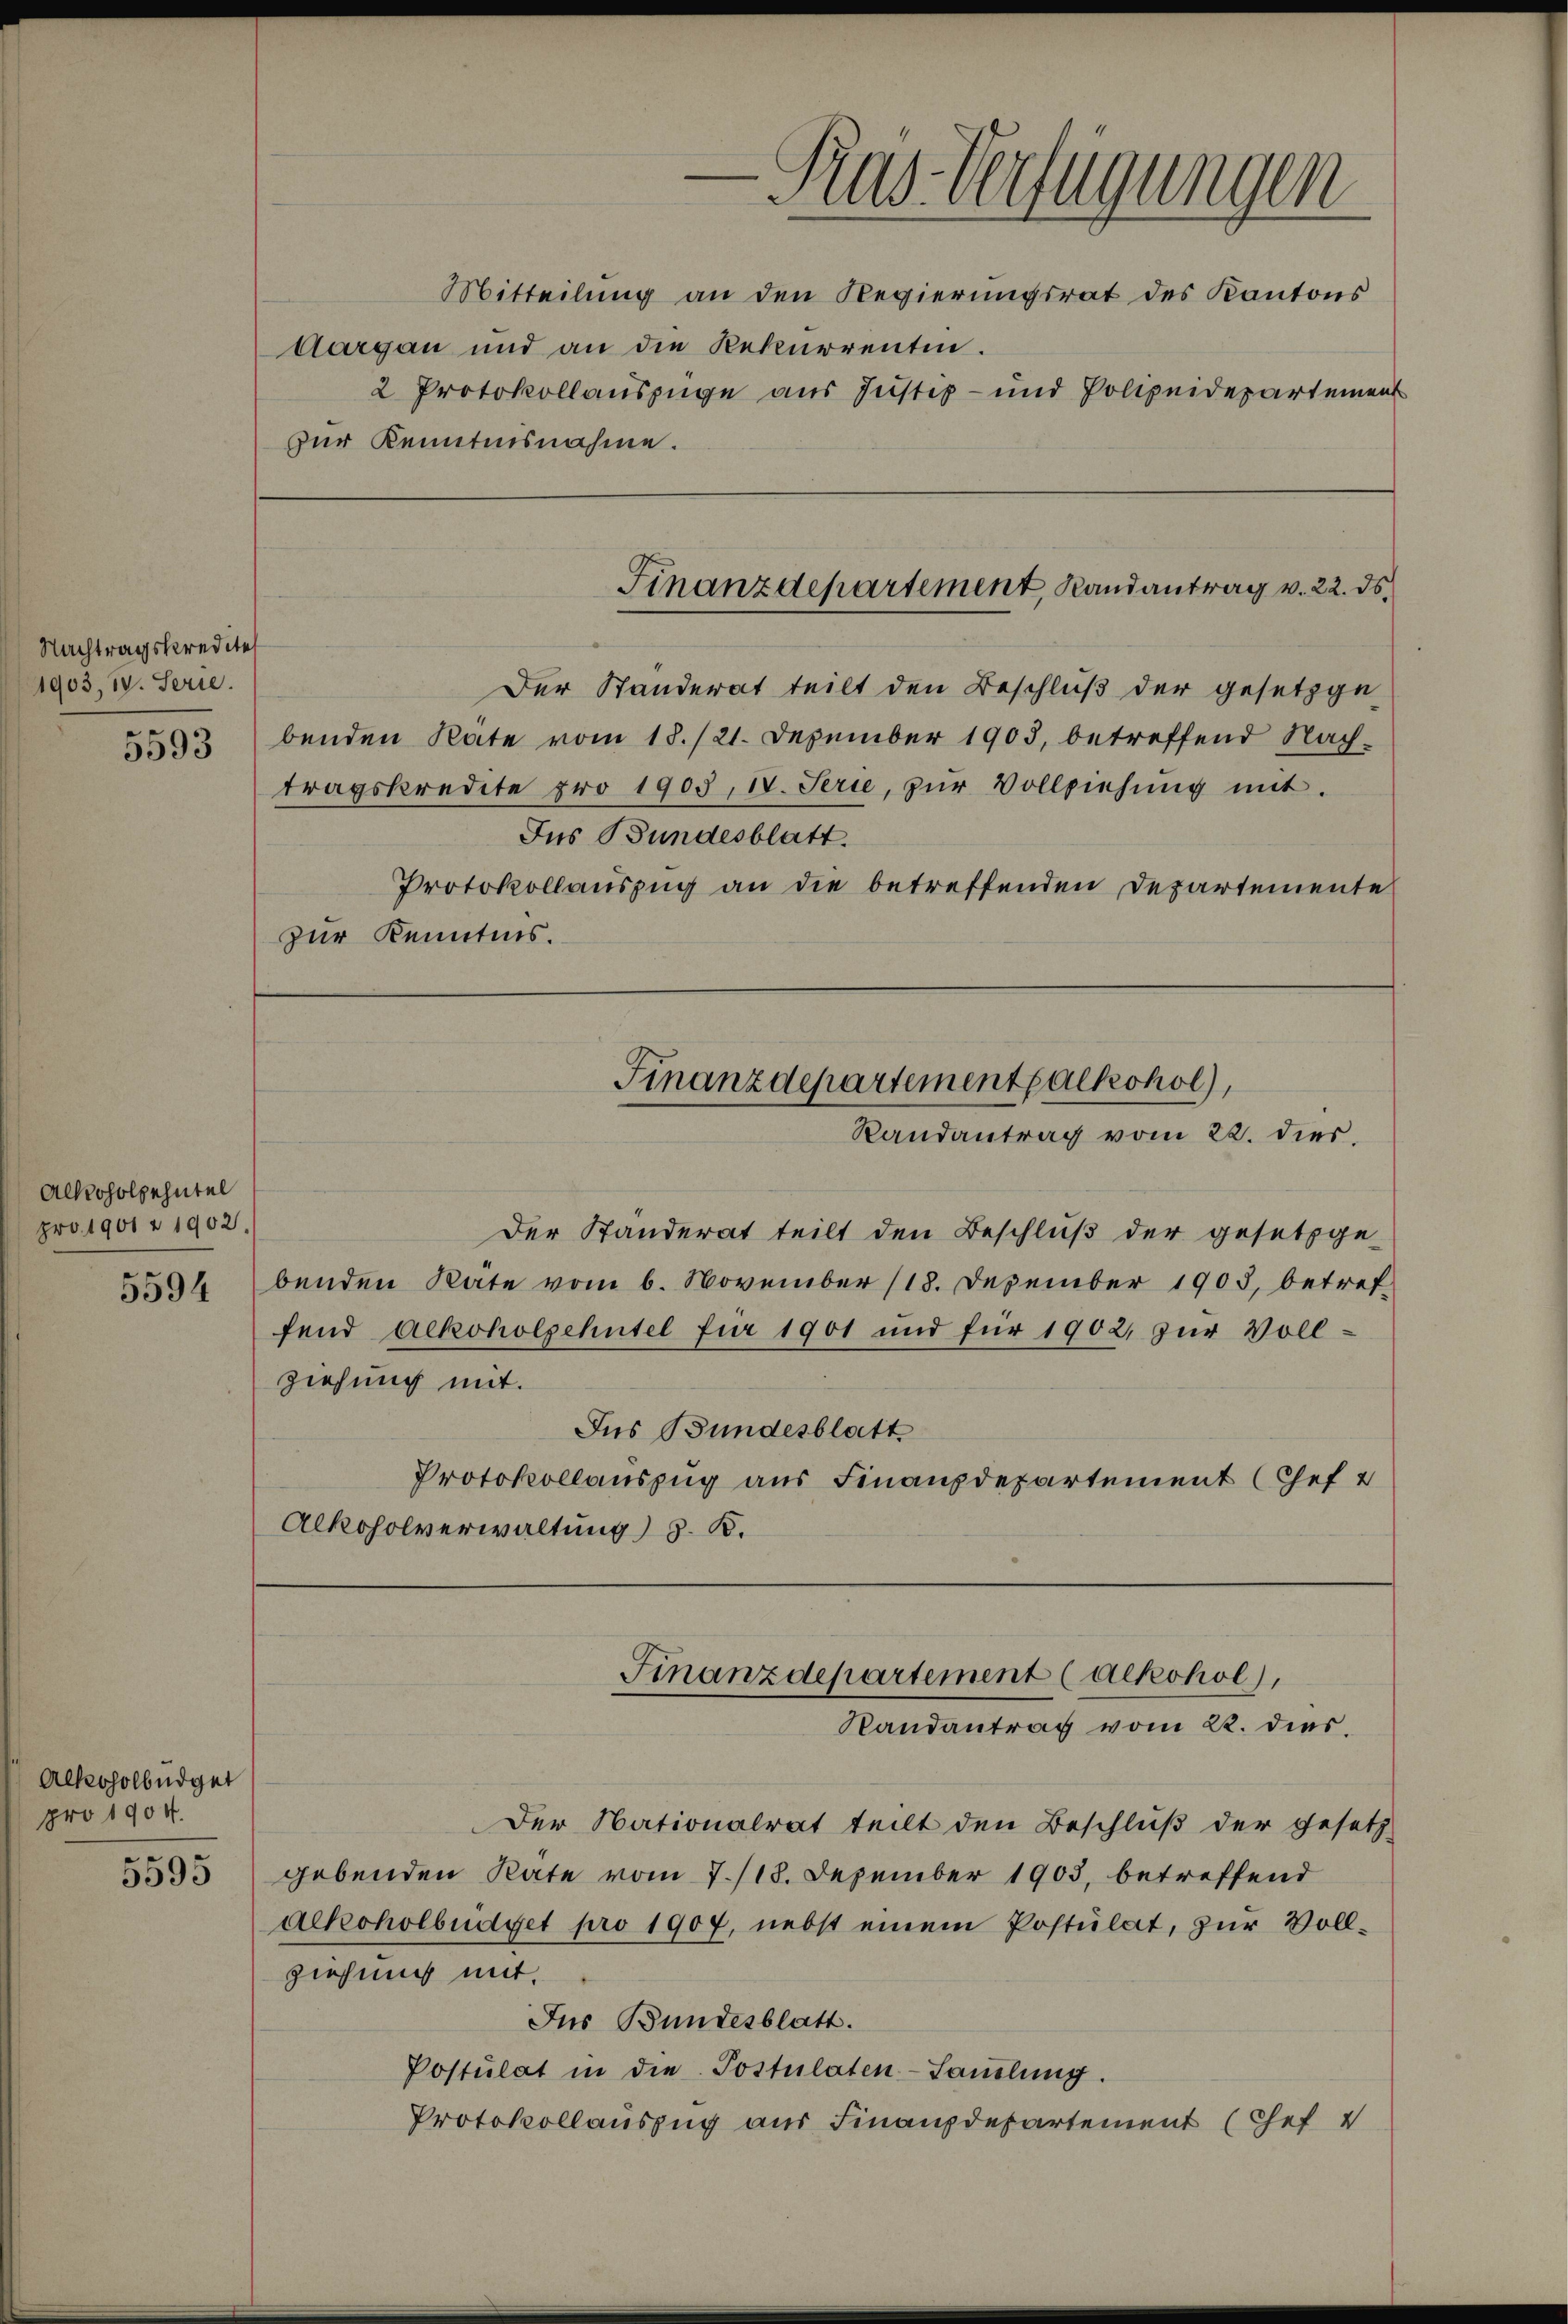
Nachtragskredites
1903, IV. Serie.

5593

Alkoholpehütel
pro 1901 n 1902.
5594

Alkoholbüdget
pro 1904.
5595

Aargau und an die Rekurrentin.
zur Kenntnisnahme.

Der Standerat teilt den Beschluß der gesetzge-
benden Rate vom 18./21. Dezember 1903, betreffend Nachtragskredite pro 1903, IV. Serie, zŭr Vollziehŭng mit.
Ins Bundesblatt.
Protokollauszug an die betreffenden Departemente
zur Kenntnis.

Finanzdepartement, Randantrag v. 22. ds.

Finanzdepartementalkohol,
Randantrag vom 22. dies

Ras Verfügungen
Mitteilung an den Regierungsrat des Kantons
2 Protokollauszüge aus Justiz- und Polizeidepartement

Der Ständerat teilt den Beschluß der gesetzge-
benden Räte vom 6. November (18. Dezember 1903, betref-
fend Alkoholzehntel für 1901 und für 1902, zur Vollziehung mit.
Jus Bundesblatt
Protokollauszug aus Finanzdepartement (Chef 2
Alkoholverwaltung) 8. B.

Finanzdepartement (ackohol),
Randantrag vom 22. dies

Der Nationalrat teilt den Beschluß der Gesetz
gebenden Rate vom 7./18. Dezember 1903, betreffend
Alkoholbüdget pro 1907, nebst einem Postulat, zur Vollziehung mit.
Jus Bundesblatt.
Postulat in die Postulaten-Samlung.
Protokollauszug aus Finanzdepartement (Chef v